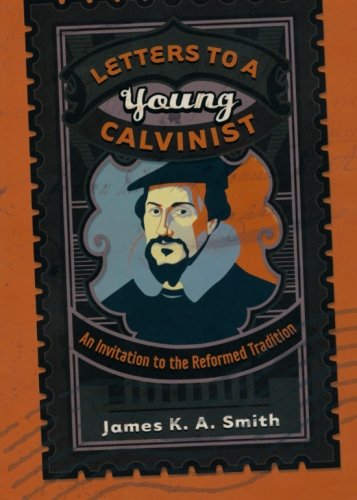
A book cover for Letters to a Young Calvinist: An Invitation to the Reformed Tradition; James K.A. Smith; Christian Books & Bibles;